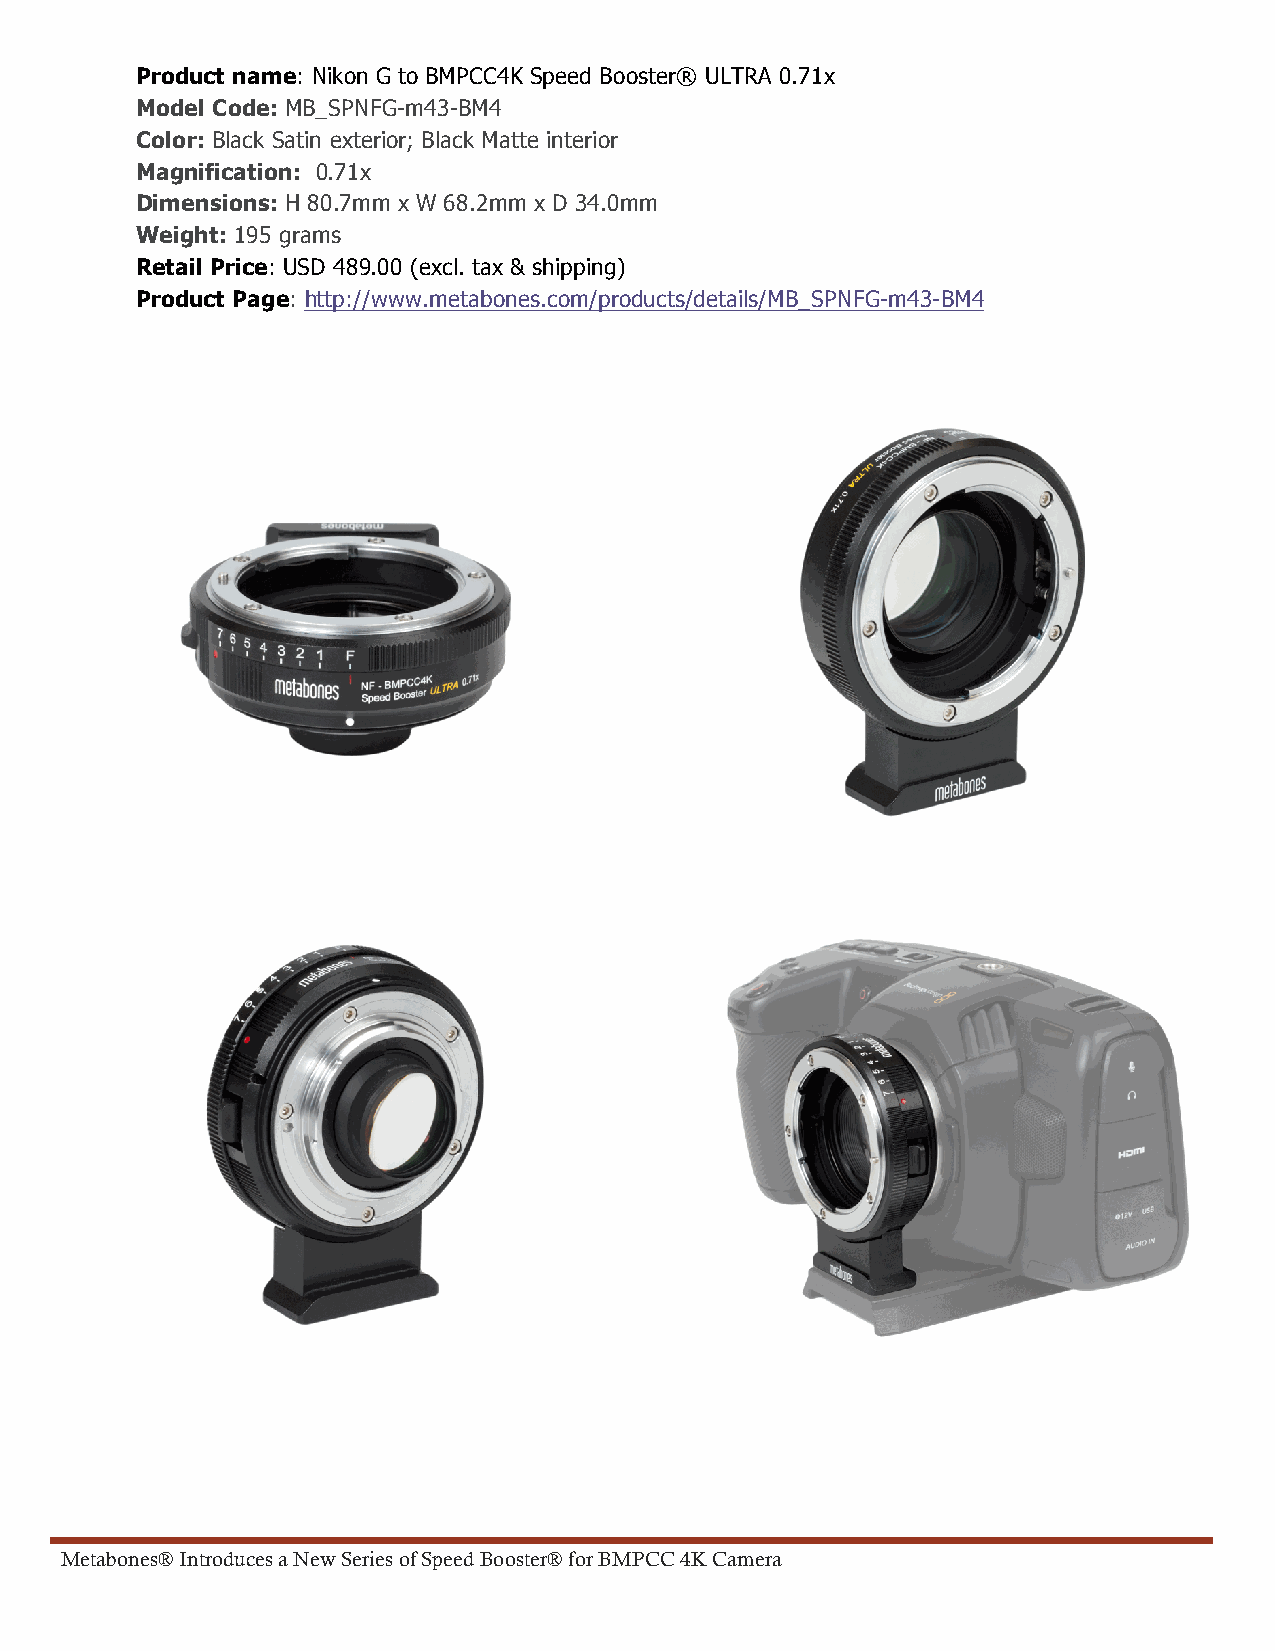
Product name: Nikon G to BMPCC4K Speed Booster® ULTRA 0.71x
 Model Code: MB_SPNFG-m43-BM4
 Color: Black Satin exterior; Black Matte interior
 Magnification: 0.71x
 Dimensions: H 80.7mm x W 68.2mm x D 34.0mm
 Weight: 195 grams
 Retail Price: USD 489.00 (excl. tax & shipping)
 Product Page: http://www.metabones.com/products/details/MB_SPNFG-m43-BM4
 Metabones® Introduces a New Series of Speed Booster® for BMPCC 4K Camera                                                        10